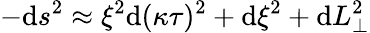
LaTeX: -\mathrm{d}s^{2}\approx\xi^{2}\mathrm{d}(\kappa\tau)^{2}+\mathrm{d}\xi^{2}+\mathrm{d}L_{\perp}^{2}